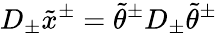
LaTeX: D_{\pm}\tilde{x}^{\pm}=\tilde{\theta}^{\pm}D_{\pm}\tilde{\theta}^{\pm}